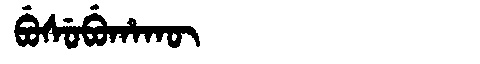
Manchu: ᠪᡠᠰᡠᠪᡠᡥᠠᡴᡡ
Romanization: BUSUBUHAKŪ